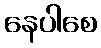
နေပါစေ